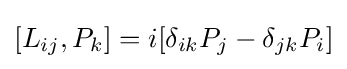
[L_{ij},P_{k}]=i[\delta _{ik}P_{j}-\delta _{jk}P_{i}]